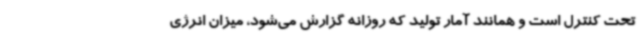
تحت کنترل است و همانند آمار تولید که روزانه گزارش می‌شود، میزان انرژی